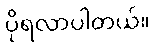
ပိုရလာပါတယ်။